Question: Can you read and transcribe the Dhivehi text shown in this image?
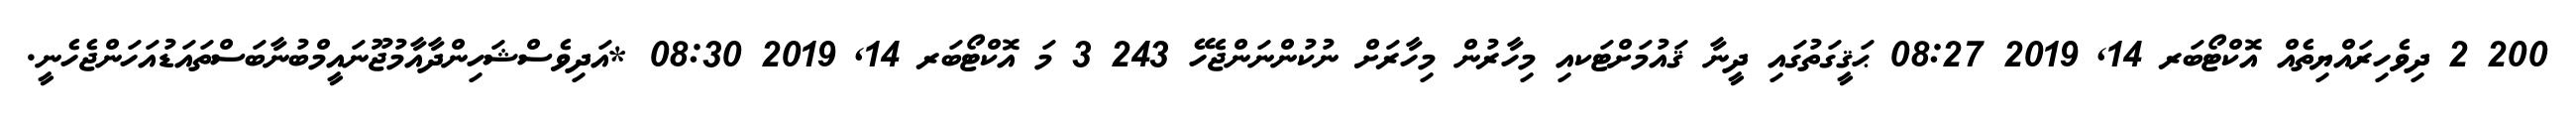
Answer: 200 2 ދިވެހިރައްޔިތެއް އޮކްޓޯބަރ 14, 2019 08:27 ޙަޤީގަތުގައި ދީނާ ޤައުމަށްޓަކއި މިހާރުން މިހާރަށް ނުކުންނަންޖެހޭ 243 3 މަ އޮކްޓޯބަރ 14, 2019 08:30 *އަދިވެސްޝަހިންދާއާމުޖޫނައީމްބުނާބަސްތައަޑުއަހަންޖެހެނީ.